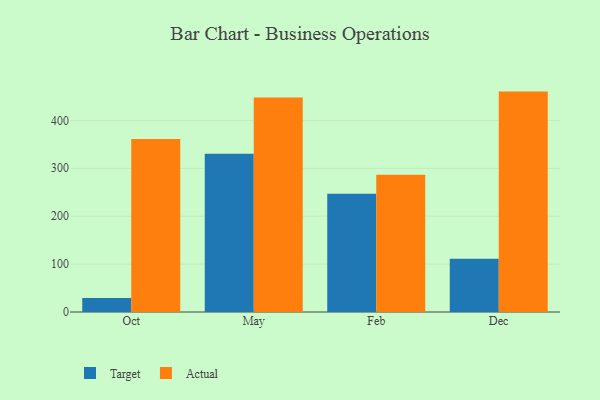
{"axis": {"x": "Month", "y": "Conversion Rate (%)"}, "legend": ["Actual", "Target"], "data": [{"x": "Oct", "y": 29.4, "type": "Target"}, {"x": "Oct", "y": 361.1, "type": "Actual"}, {"x": "May", "y": 330.6, "type": "Target"}, {"x": "May", "y": 447.8, "type": "Actual"}, {"x": "Feb", "y": 246.9, "type": "Target"}, {"x": "Feb", "y": 286.5, "type": "Actual"}, {"x": "Dec", "y": 111.1, "type": "Target"}, {"x": "Dec", "y": 460.1, "type": "Actual"}]}